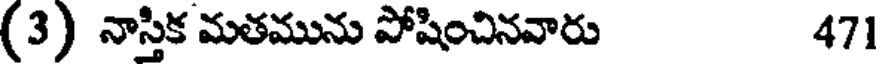
(3) నాస్తిక మతమును పోషించినవారు 471